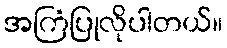
အကြံပြုလိုပါတယ်။